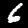
Label: 6